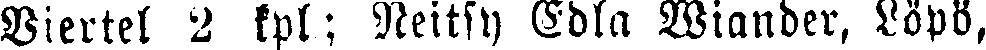
Viertel 2 kpl; Neitsy Edla Wiander, Löpö,